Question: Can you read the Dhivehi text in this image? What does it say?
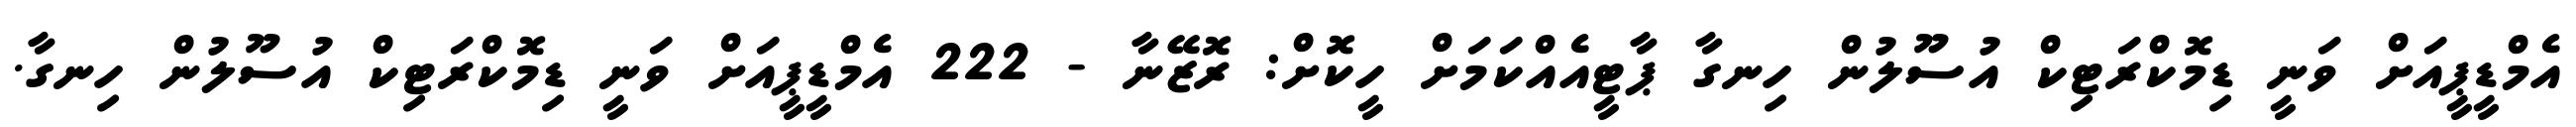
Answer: އެމްޑީޕީއަށް ވަނީ ޑިމޮކްރަޓިކް އުސޫލުން ހިނގާ ޕާޓީއެއްކަމަށް ހީކޮށް: ރޮޒޭނާ - 222 އެމްޑީޕީއަށް ވަނީ ޑިމޮކްރަޓިކް އުސޫލުން ހިނގާ.